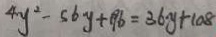
4 y ^ { 2 } - 5 6 y + 1 9 6 = 3 6 y + 1 0 8